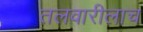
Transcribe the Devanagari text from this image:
तलवारीलाच